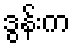
ဒွန်းက